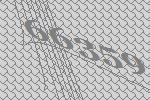
66359